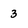
Character: 3